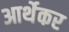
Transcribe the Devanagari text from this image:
आर्थेकर